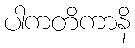
ပါကတိကာနိ